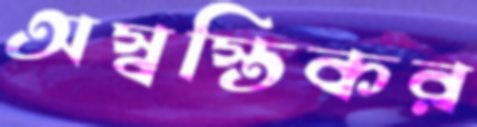
অস্বস্তিকর